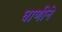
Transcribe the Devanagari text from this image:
घाणीने